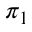
\pi _ { 1 }